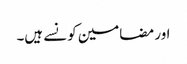
اور مضامین کونسے ہیں۔